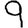
Digit: 9